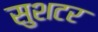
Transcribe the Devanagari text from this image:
सुशटर